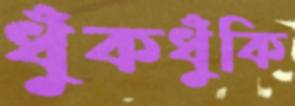
ধুঁকধুঁকি